King Institute of Preventive Medicine Micro-Biological Section reports 1912-19
Year: 1912
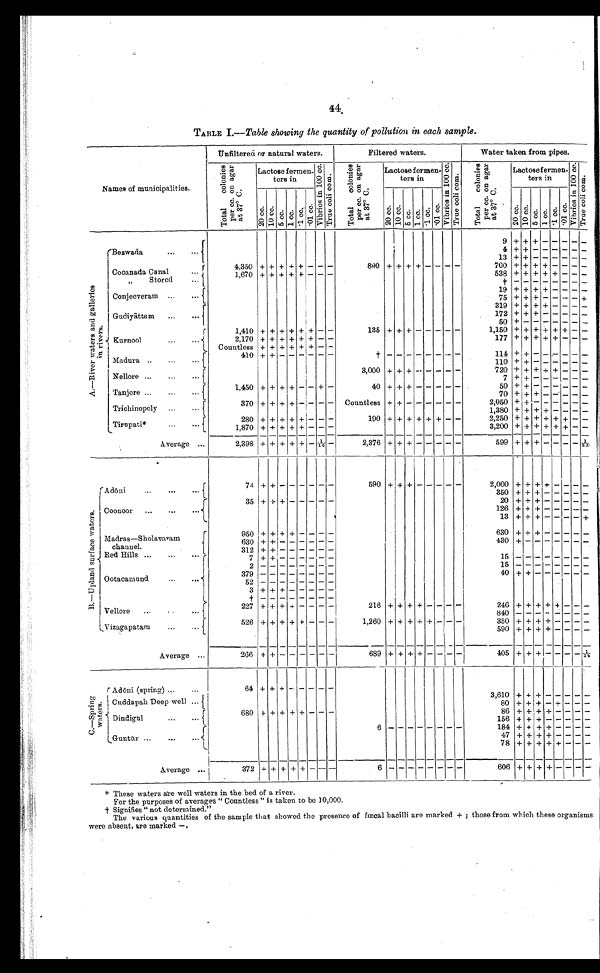
44.
TABLE I.—Table showing the quantity of pollution in each sample.
Unfiltered or natural waters.
Filtered waters.
Water taken from pipes.
Names of municipalities.
T o t a l c o l o n i e s p e r c c . o n a g a r a t 3 7° C .
Lactose fermen-ters in
V i b r i o s i n 1 0 0 C .
T r u e c o l i c o m .
T o t a l c o l o n i e s p e r c c . o n a g a r a t 3 7° C .
Lactosefermen-
ters in
V i b r i o s i n 1 0 0 c c .
Tr u e c o l i c o m.
T o t a l c o l o n i e s p e r c c . o n a g a r a t 3 7° C .
Lactosefermen-
ters in
V i b r i o s i n 1 0 0 c c .
20 cc. 1 0 c c .
5 c c .
1 cc.
.1 cc.
. 01 cc.
20 cc.
10 cc.
5 cc. 1 cc. . 1 cc.
. 01 cc.
20 cc.
10 cc.
5 c c . 1 cc. . 1 cc.
. 0 1 c c .
A . — R i v e r w a t e r s a n d g a l l e r l e s i n r i v e r s .
Bezwada
...
...
9 + + + - - - -
-
4 + + - - - - -
-
13 + + - - - - - -
Cocanada Canal
...
"Stored ...
. •
4,350 + + + +
+ — — —
890 + + +
+ - - - -
700 + + + + - - - -
1,670 + + + +
+ - - -
538 + + + + + - -
-
† - - - - - - - -
Conjeeveram ...
...
19 + + + + - - - -
75 + + + - - -- - +
Gudiyāttam
...
...
319 + + + + - - - -
172
+ + +
- - - - -
50 + - -
- - - - -
Kurnool
1,410 + + + +
+ + - -
135 + + +- - - - - -
1,150
+ + +
+ + + - -
2,170 + + + + + +
- -
177 + + + + + - - -
Countless + + + +
+ + - -
Madura ..
...
...
410 + + - -
- - - -
† † - - -
- - - - -
114 + + - - - - - -
110 + + - - - - - -
Nellore ...
...
...
3,000 + + + - - - - -
720 + + + + + - - -
7 + + - - - - - -
Tanjore ...
...
...
1,450 + + + -
- - + -
40 + + +
- - - - -
50 + + - - - - - -
70 + + + - - - - -
Trichinopoly ...
...
370 + + + +
- - - - Countless + + - - - - - -
2,050 + + - - - - - -
1,380 + + + + - - - -
Tirupati*
280 + + + + +
-
- -
190 + + + + + + - -
2,250 + + + + + + - -
1,870 + + + + + - - -
3,200 +
+
+ + + + - _-
Average ...
2,398 + + + + + —
1 / 1 6 -
2,376 + +
+
- - - - -
599 + + + - - - - 1/23
B . — U p l a n d s u r f a c e w a t e r s .
Adō ni
.
74
+
+
- -
- - - -
590 + +
+
-
- - - -
2,000 + + + + -
- - -
350 + + + - - - - -
Coonoor ...
...
...
35 + + + -
- - - -
20 + + + - - - - -
126 + + + + - - - -
13 + + + - - - - +
Madras—Sholavaram
channel.
Red Hills
950 + + + + - - - -
630 + + + - - - - -
630 + + - -
- - - -
430 +- - - - - - -
312 + + - -
- - - -
Ootacamund
...
...
•.. r
7 + + - - - - - -
15 - - - - - - - -
2 - - - -
- - - -
15 - - - - - - - -
379 - - - -
- - - -
40 + + - - - - - -
3 + + ++++ -
- - - -
† - - - -
- - - -
Vellore ...
...
...
227
+ + + + - - - - 216 + + +
+ - - - -
246 + + + + +
- -
-
8 4 0 - - -
- - - - -
Vizagapatam
•.•
526 + + + + + - - -
1,260 + + + + + - - -
350 + + + + - -
- - -
590 + +
+
+ - - - -
Average ...
266 +
+
- -
- - - -
689 + + + + - - - -
405 +
+
+ - - -
--- - 1/14
C . — S p r i n g w a t e r s .
Adōni (spring) ...
...
64 + + + - - - - -
Cuddapah Deep well ...
3,610 + + + — — — —-
80 + + + - + - - -
680
+ + + + + - - -
86 + + + + - - - -
Dindigul
156 + + + - - - -
-
6 - - - - - - - -
184 + + + + - - - -
Guntū r ...
...
47 + + + + - - -
-
78 +
+
+
+ +
-
- -
Average ...
372
+ + +
+ +
-
- -
6
-
- - - - - - -
606 + + + + - - - -
* These waters are well waters in the bed of a river.
For the purposes of averages "Countless" is taken to be 10,000.
† Si gni fi es "not det ermi ned. "
The various quantities of the sample that showed the presence of fœcal bacilli are marked + ; those from which these organisms
were absent, are marked -.